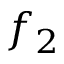
f _ { 2 }